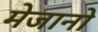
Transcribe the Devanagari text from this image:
मेजानो